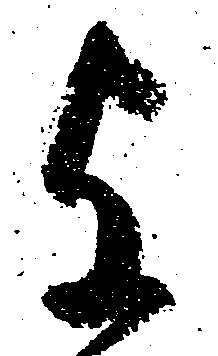
与